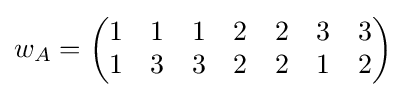
w_{A}={\begin{pmatrix}1&1&1&2&2&3&3\\1&3&3&2&2&1&2\end{pmatrix}}